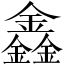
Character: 鑫